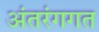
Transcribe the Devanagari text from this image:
अंतरंगगत